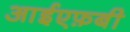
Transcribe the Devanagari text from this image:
आईएफ़बी